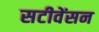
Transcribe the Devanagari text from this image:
सटीवेंसन